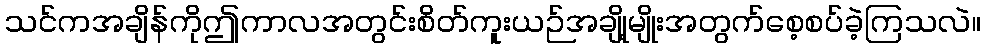
သင်ကအချိန်ကိုဤကာလအတွင်းစိတ်ကူးယဉ်အချို့မျိုးအတွက်စေ့စပ်ခဲ့ကြသလဲ။